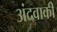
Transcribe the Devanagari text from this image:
अंदवाकी